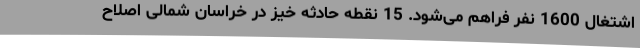
اشتغال 1600 نفر فراهم می‌شود. 15 نقطه حادثه خیز در خراسان شمالی اصلاح